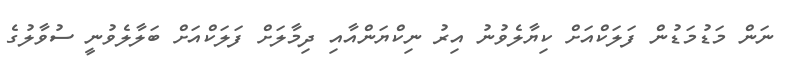
ނަން މަޑުމަޑުން ފަލަކްއަށް ކިޔާލެވުނު އިރު ނިކްޔަންއާއި ދިމާލަށް ފަލަކްއަށް ބަލާލެވުނީ ސުވާލުގެ